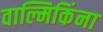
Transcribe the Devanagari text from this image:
वाल्मिकिंना